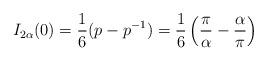
LaTeX: \begin{align*}I_{2\alpha}(0)=\frac{1}{6}(p-p^{-1})=\frac{1}{6}\left (\frac{\pi}{\alpha}-\frac{\alpha}{\pi}\right )\end{align*}